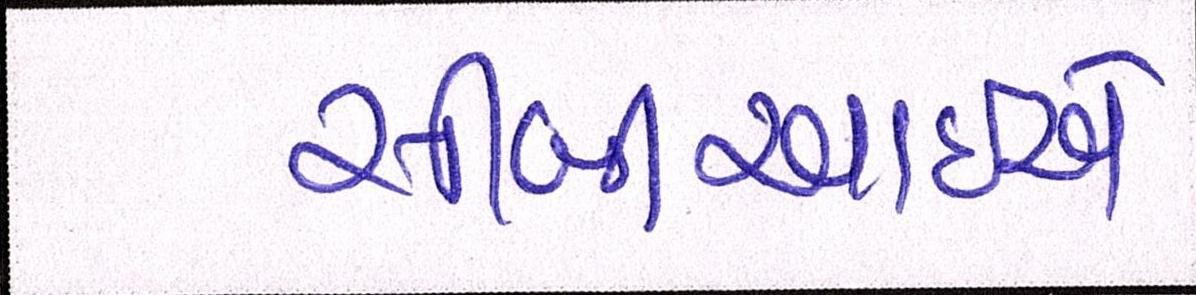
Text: સીબીઆઇએ